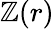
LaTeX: \mathbb{Z}(r)